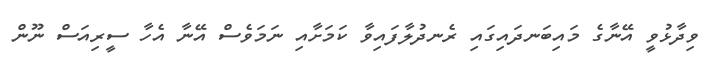
ވިދާޅުވީ އޭނާގެ މައިބަނދައިގައި ރެނދުލާފައިވާ ކަމަށާއި ނަމަވެސް އޭނާ އެހާ ސީރިއަސް ނޫން